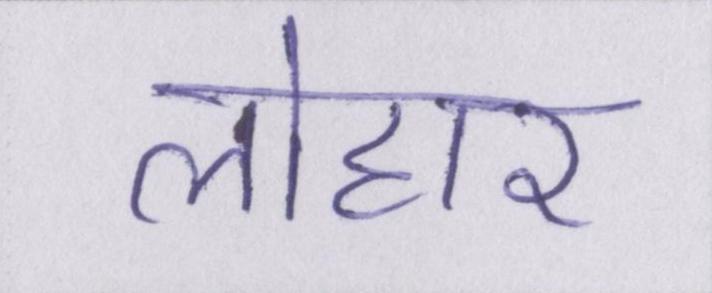
लोहार